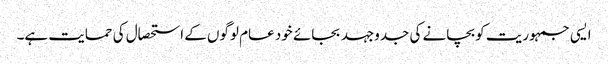
ایسی جمہوریت کو بچانے کی جدوجہد بجائے خود عام لوگوں کے استحصال کی حمایت ہے۔